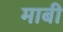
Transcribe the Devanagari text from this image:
माबी